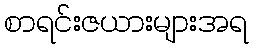
စာရင်းဇယားများအရ